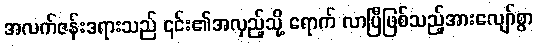
အလက်ဇန်းဒရားသည် ၎င်း၏အလှည့်သို့ ရောက် လာပြီဖြစ်သည့်အားလျော်စွာ